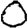
Digit: 0